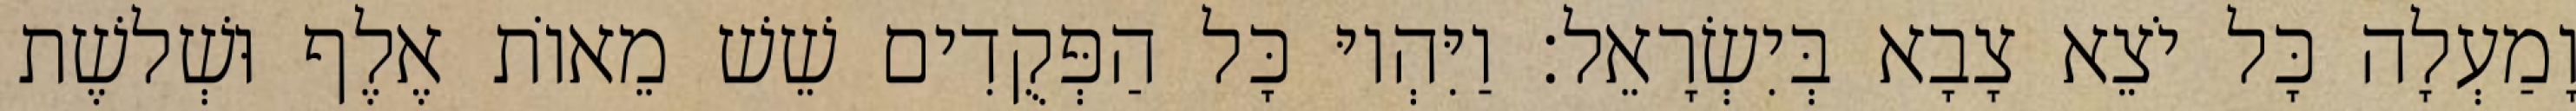
וָמַעְלָה כָּל יֹצֵא צָבָא בְּיִשְׂרָאֵל׃ וַיִּהְיוּ כָּל הַפְּקֻדִים שֵׁשׁ מֵאוֹת אֶלֶף וּשְׁלשֶׁת